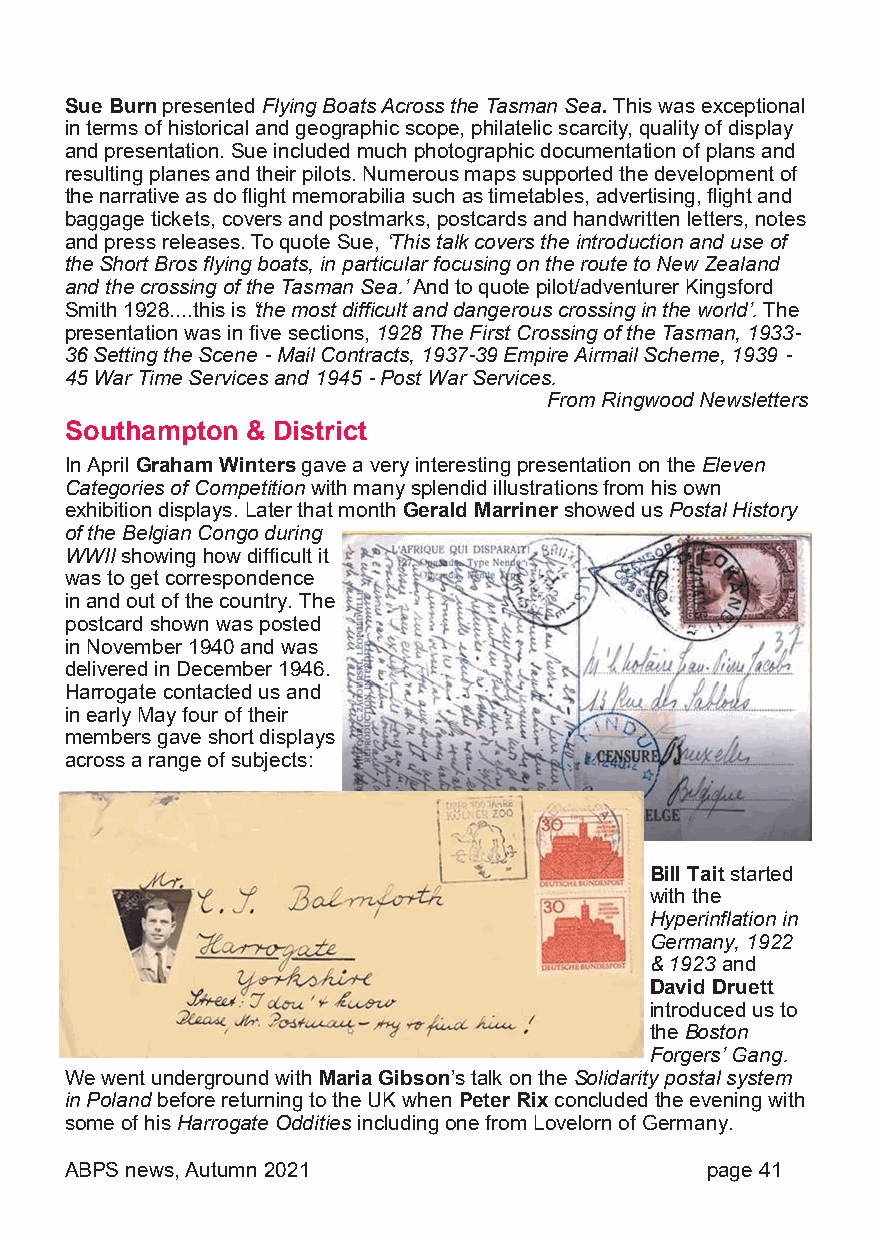
Sue Burn presented Flying Boats Across the Tasman Sea. This was exceptional
 in terms of historical and geographic scope, philatelic scarcity, quality of display
 and presentation. Sue included much photographic documentation of plans and
 resulting planes and their pilots. Numerous maps supported the development of
 the narrative as do flight memorabilia such as timetables, advertising, flight and
 baggage tickets, covers and postmarks, postcards and handwritten letters, notes
 and press releases. To quote Sue, ‘This talk covers the introduction and use of
 the Short Bros flying boats, in particular focusing on the route to New Zealand
 and the crossing of the Tasman Sea.’ And to quote pilot/adventurer Kingsford
 Smith 1928....this is ‘the most difficult and dangerous crossing in the world’. The
 presentation was in five sections, 1928 The First Crossing of the Tasman, 1933-
 36 Setting the Scene - Mail Contracts, 1937-39 Empire Airmail Scheme, 1939 -
 45 War Time Services and 1945 - Post War Services.
 From Ringwood Newsletters
 Southampton & District
 In April Graham Winters gave a very interesting presentation on the Eleven
 Categories of Competition with many splendid illustrations from his own
 exhibition displays. Later that month Gerald Marriner showed us Postal History
 of the Belgian Congo during
 WWII showing how difficult it
 was to get correspondence
 in and out of the country. The
 postcard shown was posted
 in November 1940 and was
 delivered in December 1946.
 Harrogate contacted us and
 in early May four of their
 members gave short displays
 across a range of subjects:
 Bill Tait started
 with the
 Hyperinflation in
 Germany, 1922
 & 1923 and
 David Druett
 introduced us to
 the Boston
 Forgers’ Gang.
 We went underground with Maria Gibson’s talk on the Solidarity postal system
 in Poland before returning to the UK when Peter Rix concluded the evening with
 some of his Harrogate Oddities including one from Lovelorn of Germany.
 ABPS news, Autumn 2021                     page 41